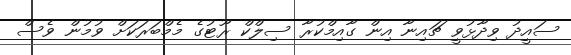
ސައީދު ވިދާޅުވީ ޗައިނާ އިން ގާއިމްކުރާ ސިލްކް ރޫޓުގެ މެމްބަރަކަށް ވުމުން ވެސް